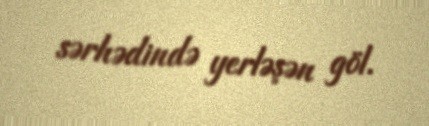
sərhədində yerləşən göl.